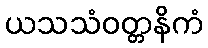
ယသသံဝတ္တနိကံ